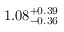
1 . 0 8 _ { - 0 . 3 6 } ^ { + 0 . 3 9 }